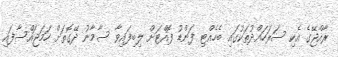
ރާއްޖޭގެ އެކި ސަރަހައްދުތަކުގައި ބެހެއްޓި ފަންޑު ފޮއްޓަށް ލިބިފައިވާ ސާމާނު ދޭގޮތަށް ހަމަޖައްސާފައި